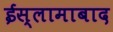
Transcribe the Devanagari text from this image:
ईस्लामाबाद